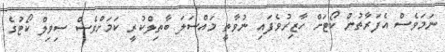
ނަމަވެސް އެފަރާތުން ކޯޓަށް ހާޒިރުވެފައި ނުވާތީ މައްސަލަ ބާތިލްކުރީ ކަމަށްވެސް ސިވިލް ކޯޓުގެ